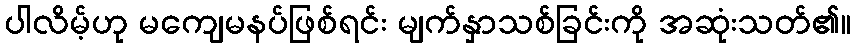
ပါလိမ့်ဟု မကျေမနပ်ဖြစ်ရင်း မျက်နှာသစ်ခြင်းကို အဆုံးသတ်၏။